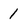
Character: 1